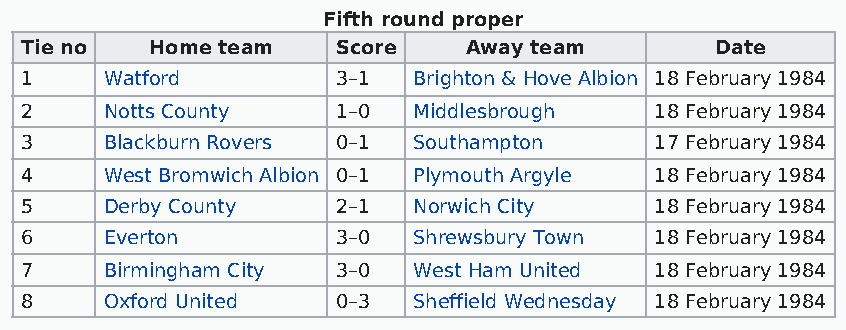
Fifth round proper
 Tie no   Home team   Score    Away team       Date
 1     Watford        3–1  Brighton & Hove Albion 18 February 1984
 2     Notts County   1–0  Middlesbrough   18 February 1984
 3     Blackburn Rovers 0–1 Southampton    17 February 1984
 4     West Bromwich Albion 0–1 Plymouth Argyle 18 February 1984
 5     Derby County   2–1  Norwich City    18 February 1984
 6     Everton        3–0  Shrewsbury Town 18 February 1984
 7     Birmingham City 3–0 West Ham United 18 February 1984
 8     Oxford United  0–3  Sheffield Wednesday 18 February 1984